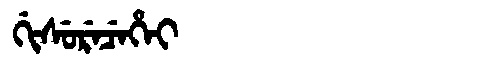
Manchu: ᡤᡳᠰᡠᡵᡝᠴᡝᡥᡝᡳ
Romanization: GISURECEHEI